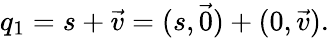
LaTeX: q_{1}=s+{\vec{v}}=(s,{\vec{0}})+(0,{\vec{v}}).